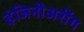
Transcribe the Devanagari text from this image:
इंजिनीअरींग